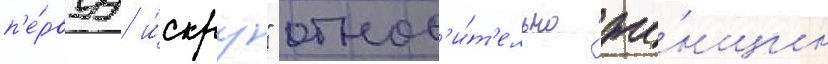
п'е́рвуу и́скру" относ'и́т'ельно же́нщин